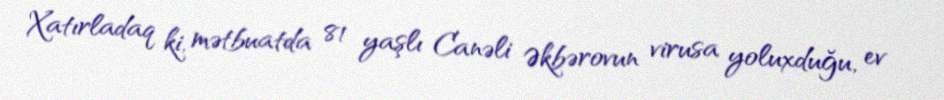
Xatırladaq ki, mətbuatda 81 yaşlı Canəli Əkbərovun virusa yoluxduğu, ev